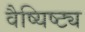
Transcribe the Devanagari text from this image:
वैष्यिष्ट्य